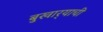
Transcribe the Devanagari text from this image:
बुखार्‍याची